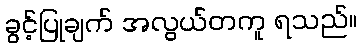
ခွင့်ပြုချက် အလွယ်တကူ ရသည်။